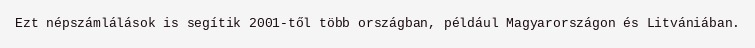
Ezt népszámlálások is segítik 2001-től több országban, például Magyarországon és Litvániában.